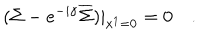
LaTeX: ( \Sigma - e ^ { - i \gamma } \overline { { { \Sigma } } } ) | _ { x ^ { 1 } = 0 } = 0 \quad .